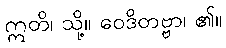
ဣတိ၊ သို့။ ဝေဒိတဗ္ဗာ၊ ၏။